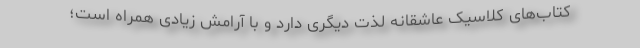
کتاب‌های کلاسیک عاشقانه لذت دیگری دارد و با آرامش زیادی همراه است؛